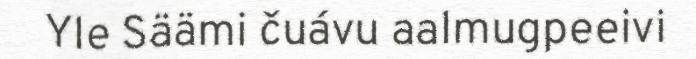
Yle Säämi čuávu aalmugpeeivi